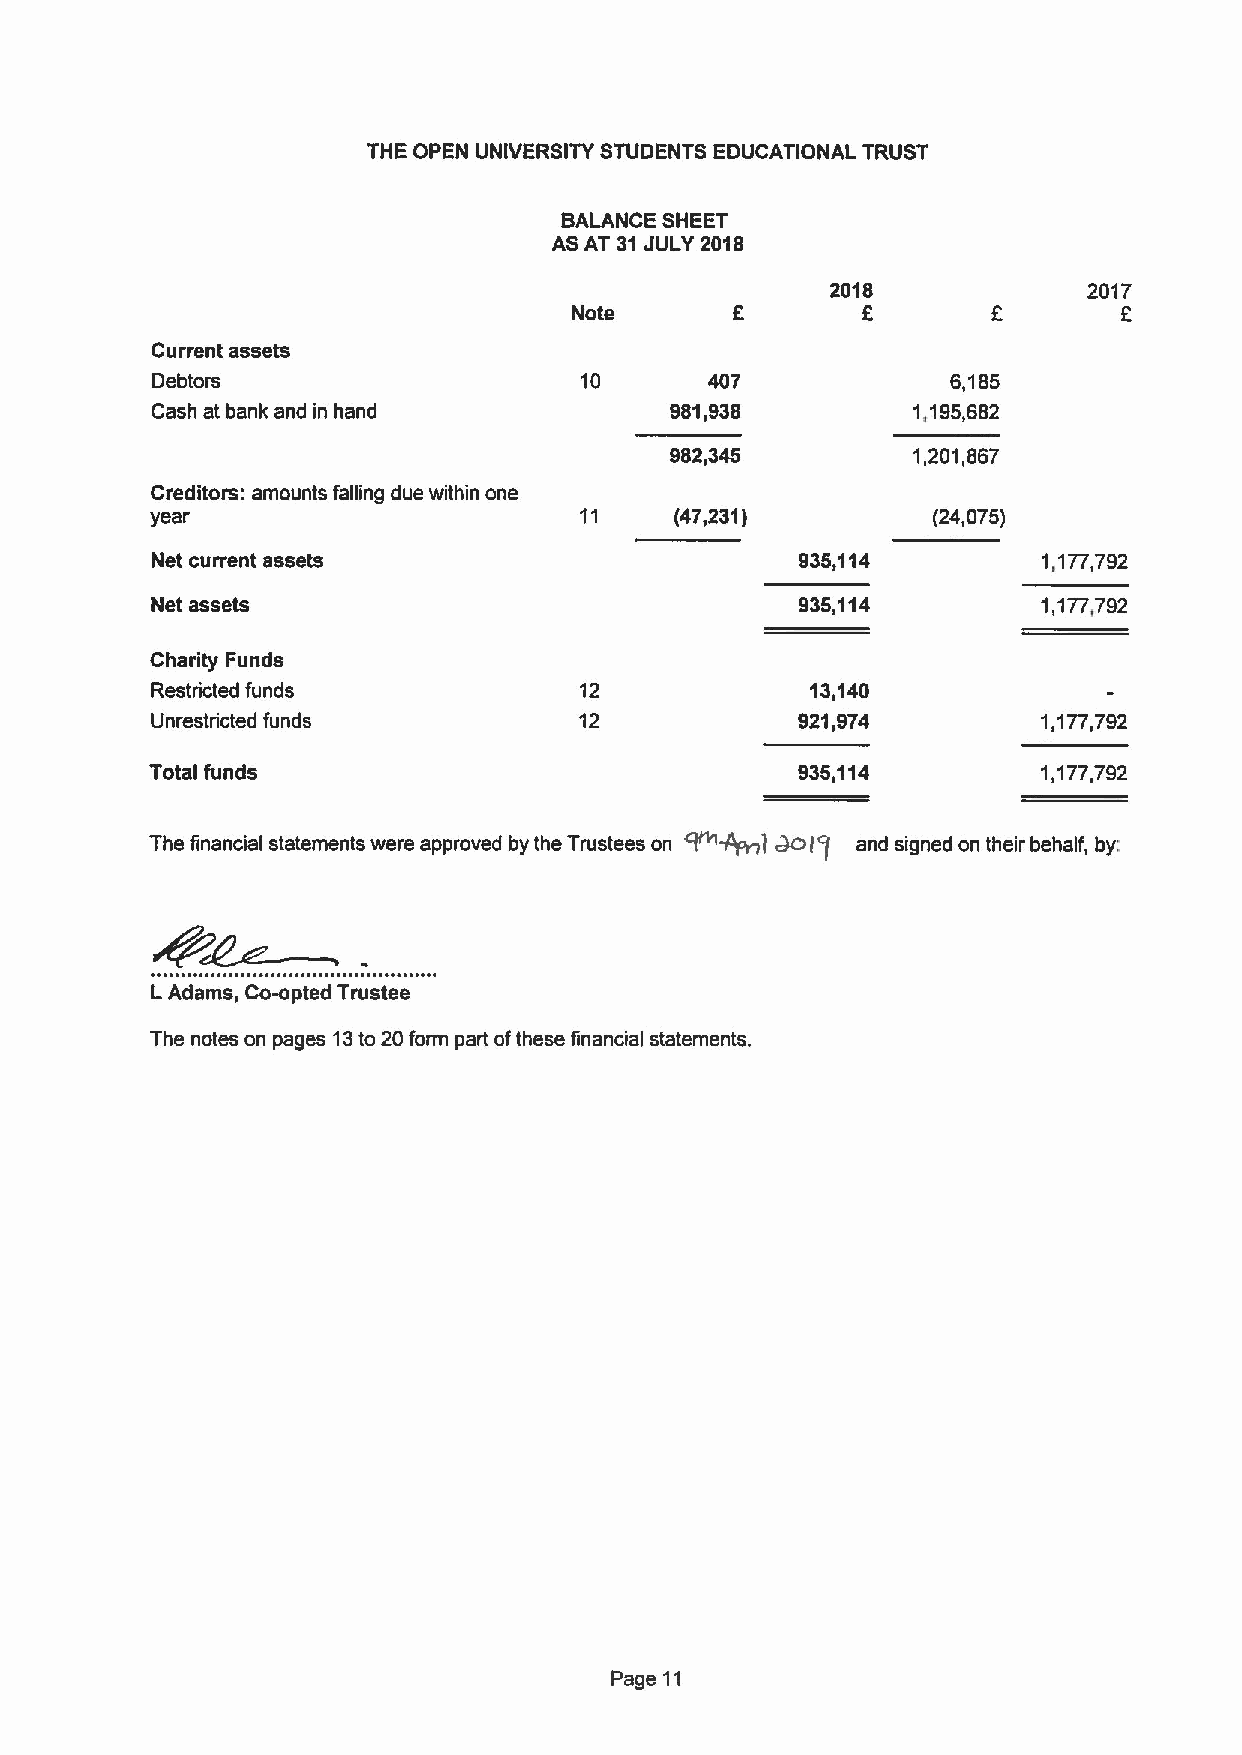
THE OPEN UNIVERSITY STUDENTS EDUCATIONAL TRUST
 BALANCE SHEET
 AS AT 31JULY 2018
 2018             2017
 Note               6                6
 Current assets
 Debtors                     10       407             6,185
 Cash at bank and in hand          981,938         1,195,682
 982,345         1,201,867
 Creditors: amounts falling due within one
 year                        11     (47,231)         (24,075)
 Net current assets                         935,114         1,177,792
 Net assets                                 935,114         1,177,792
 Charity Funds
 Restricted funds            12              13,140
 Unrestricted funds          12             921,974         1,177,792
 Total funds                                935,114         1,177,792
 ~)
 I'(
 The financial statements were approved by the Trustees on ~ and signed on their behalf, by:
 LAdams, Cowpted Trustee
 The notes on pages 13to 20form part ofthese financial statements.
 Page 11